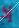
إذ